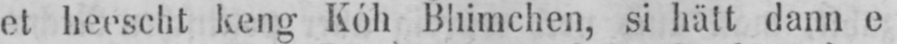
et heescht keng Kóh Bhimchen, si hält dann e